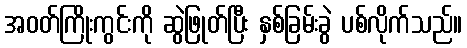
အဝတ်ကြိုးကွင်းကို ဆွဲဖြုတ်ပြီး နှစ်ခြမ်းခွဲ ပစ်လိုက်သည်။